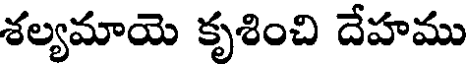
శల్యమాయె కృశించి దేహము